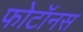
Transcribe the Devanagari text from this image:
फोटॉनस